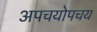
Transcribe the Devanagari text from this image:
अपचयोपचय